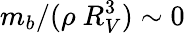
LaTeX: m_{b}/(\rho\ R_{V}^{3})\sim 0